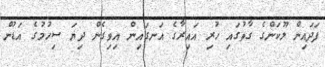
ފަދައިން ލޫކަންގެ ގާތުގައި ހުރި އައިރާގެ އަނގައިން އިވިގެން ދިޔަ ސިހުމުގެ އަޑުން